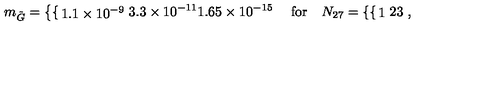
m _ { \tilde { G } } = \left\{ \begin{cases} { 1 . 1 \times 1 0 ^ { - 9 } } \\ { 3 . 3 \times 1 0 ^ { - 1 1 } } \\ { 1 . 6 5 \times 1 0 ^ { - 1 5 } } \\ \end{cases} \right. \quad \mathrm { f o r } \quad N _ { 2 7 } = \left\{ \begin{cases} { 1 } \\ { 2 } \\ { 3 } \\ \end{cases} \right. ,